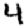
Digit: 4